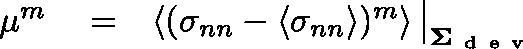
\begin{array} { r l r } { \mu ^ { m } } & { { } = } & { \left\langle ( \sigma _ { n n } - \left\langle \sigma _ { n n } \right\rangle ) ^ { m } \right\rangle \big \vert _ { \mathbf { \Sigma } _ { \mathrm { ~ d ~ e ~ v ~ } } } } \end{array}